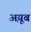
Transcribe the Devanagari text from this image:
अय़ूब